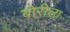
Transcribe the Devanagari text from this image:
बोरीला